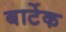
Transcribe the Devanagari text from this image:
बार्टेक